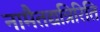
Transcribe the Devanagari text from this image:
नामैतद्यत्रिरिति